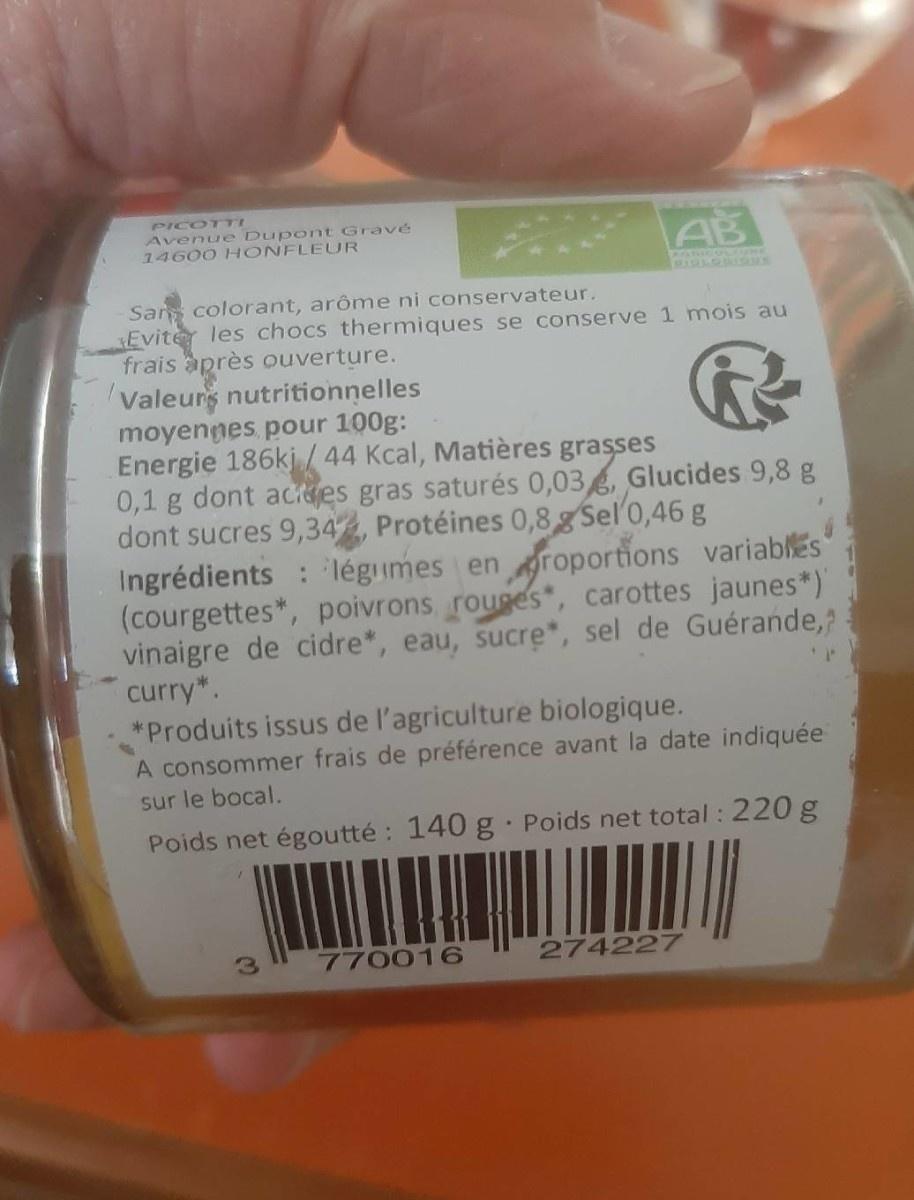
PICOTTI Avenue Dupont Gravé 14600 HONFLEUR
AB
AATRICOL UME
Sar colorant, arôme ni conservateur. Evite les chocs thermiques se conserve 1 mois au frais après ouverture. Valeurs nutritionnelles moyennes pour 100g: Energie 186kj /44 Kcal, Matières grasses 0,1 g dont aces gras saturés 0,03, Glucides 9,8 g dont sucres 9,34, Protéines 0,8g Sel'0,46 g Ingrédients : légumes en groportions variabEs (courgettes*, poivrons rouges, carottes jaunes*)' vinaigre de cidre*, eau, sucre*, sel de Guérande,? curry*. *Produits issus de l'agriculture biologique. A consommer frais de préférence avant la date indiquée
sur le bocal.
Poids net égoutté: 140 g Poids net total : 220 g
770016
274227